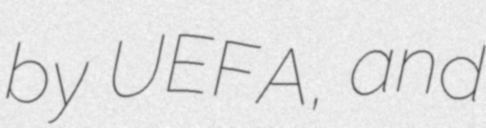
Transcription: by UEFA, and